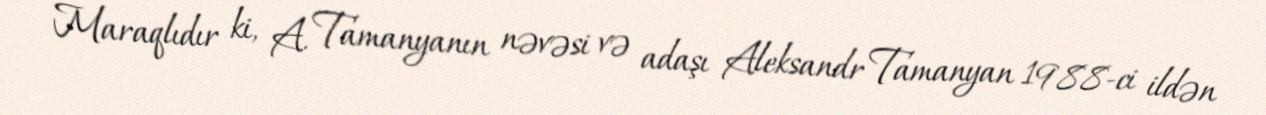
Maraqlıdır ki, A. Tamanyanın nəvəsi və adaşı Aleksandr Tamanyan 1988-ci ildən